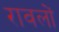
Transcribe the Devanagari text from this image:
रावलों